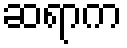
ဆရာက